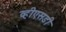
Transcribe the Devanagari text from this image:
व्हीएसडी